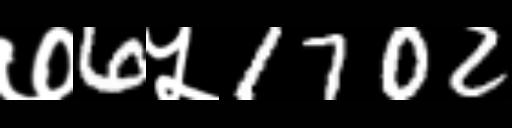
Text: ७6५1702